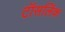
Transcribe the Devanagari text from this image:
टॉसलिंक